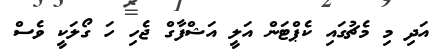
އަދި މި މެޗުގައި ކެޕްޓަން އަލީ އަޝްފާގް ޖެހި ހަ ގޯލަކީ ވެސް